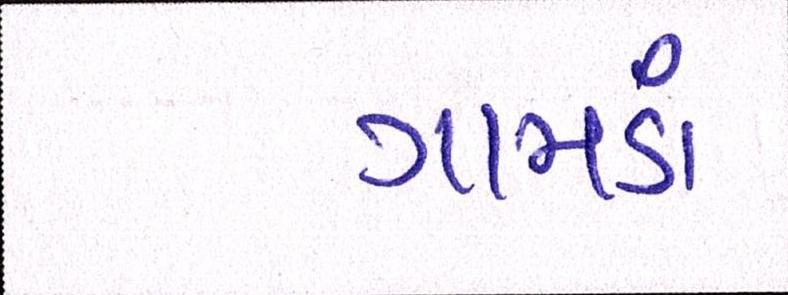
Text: ગામડાં